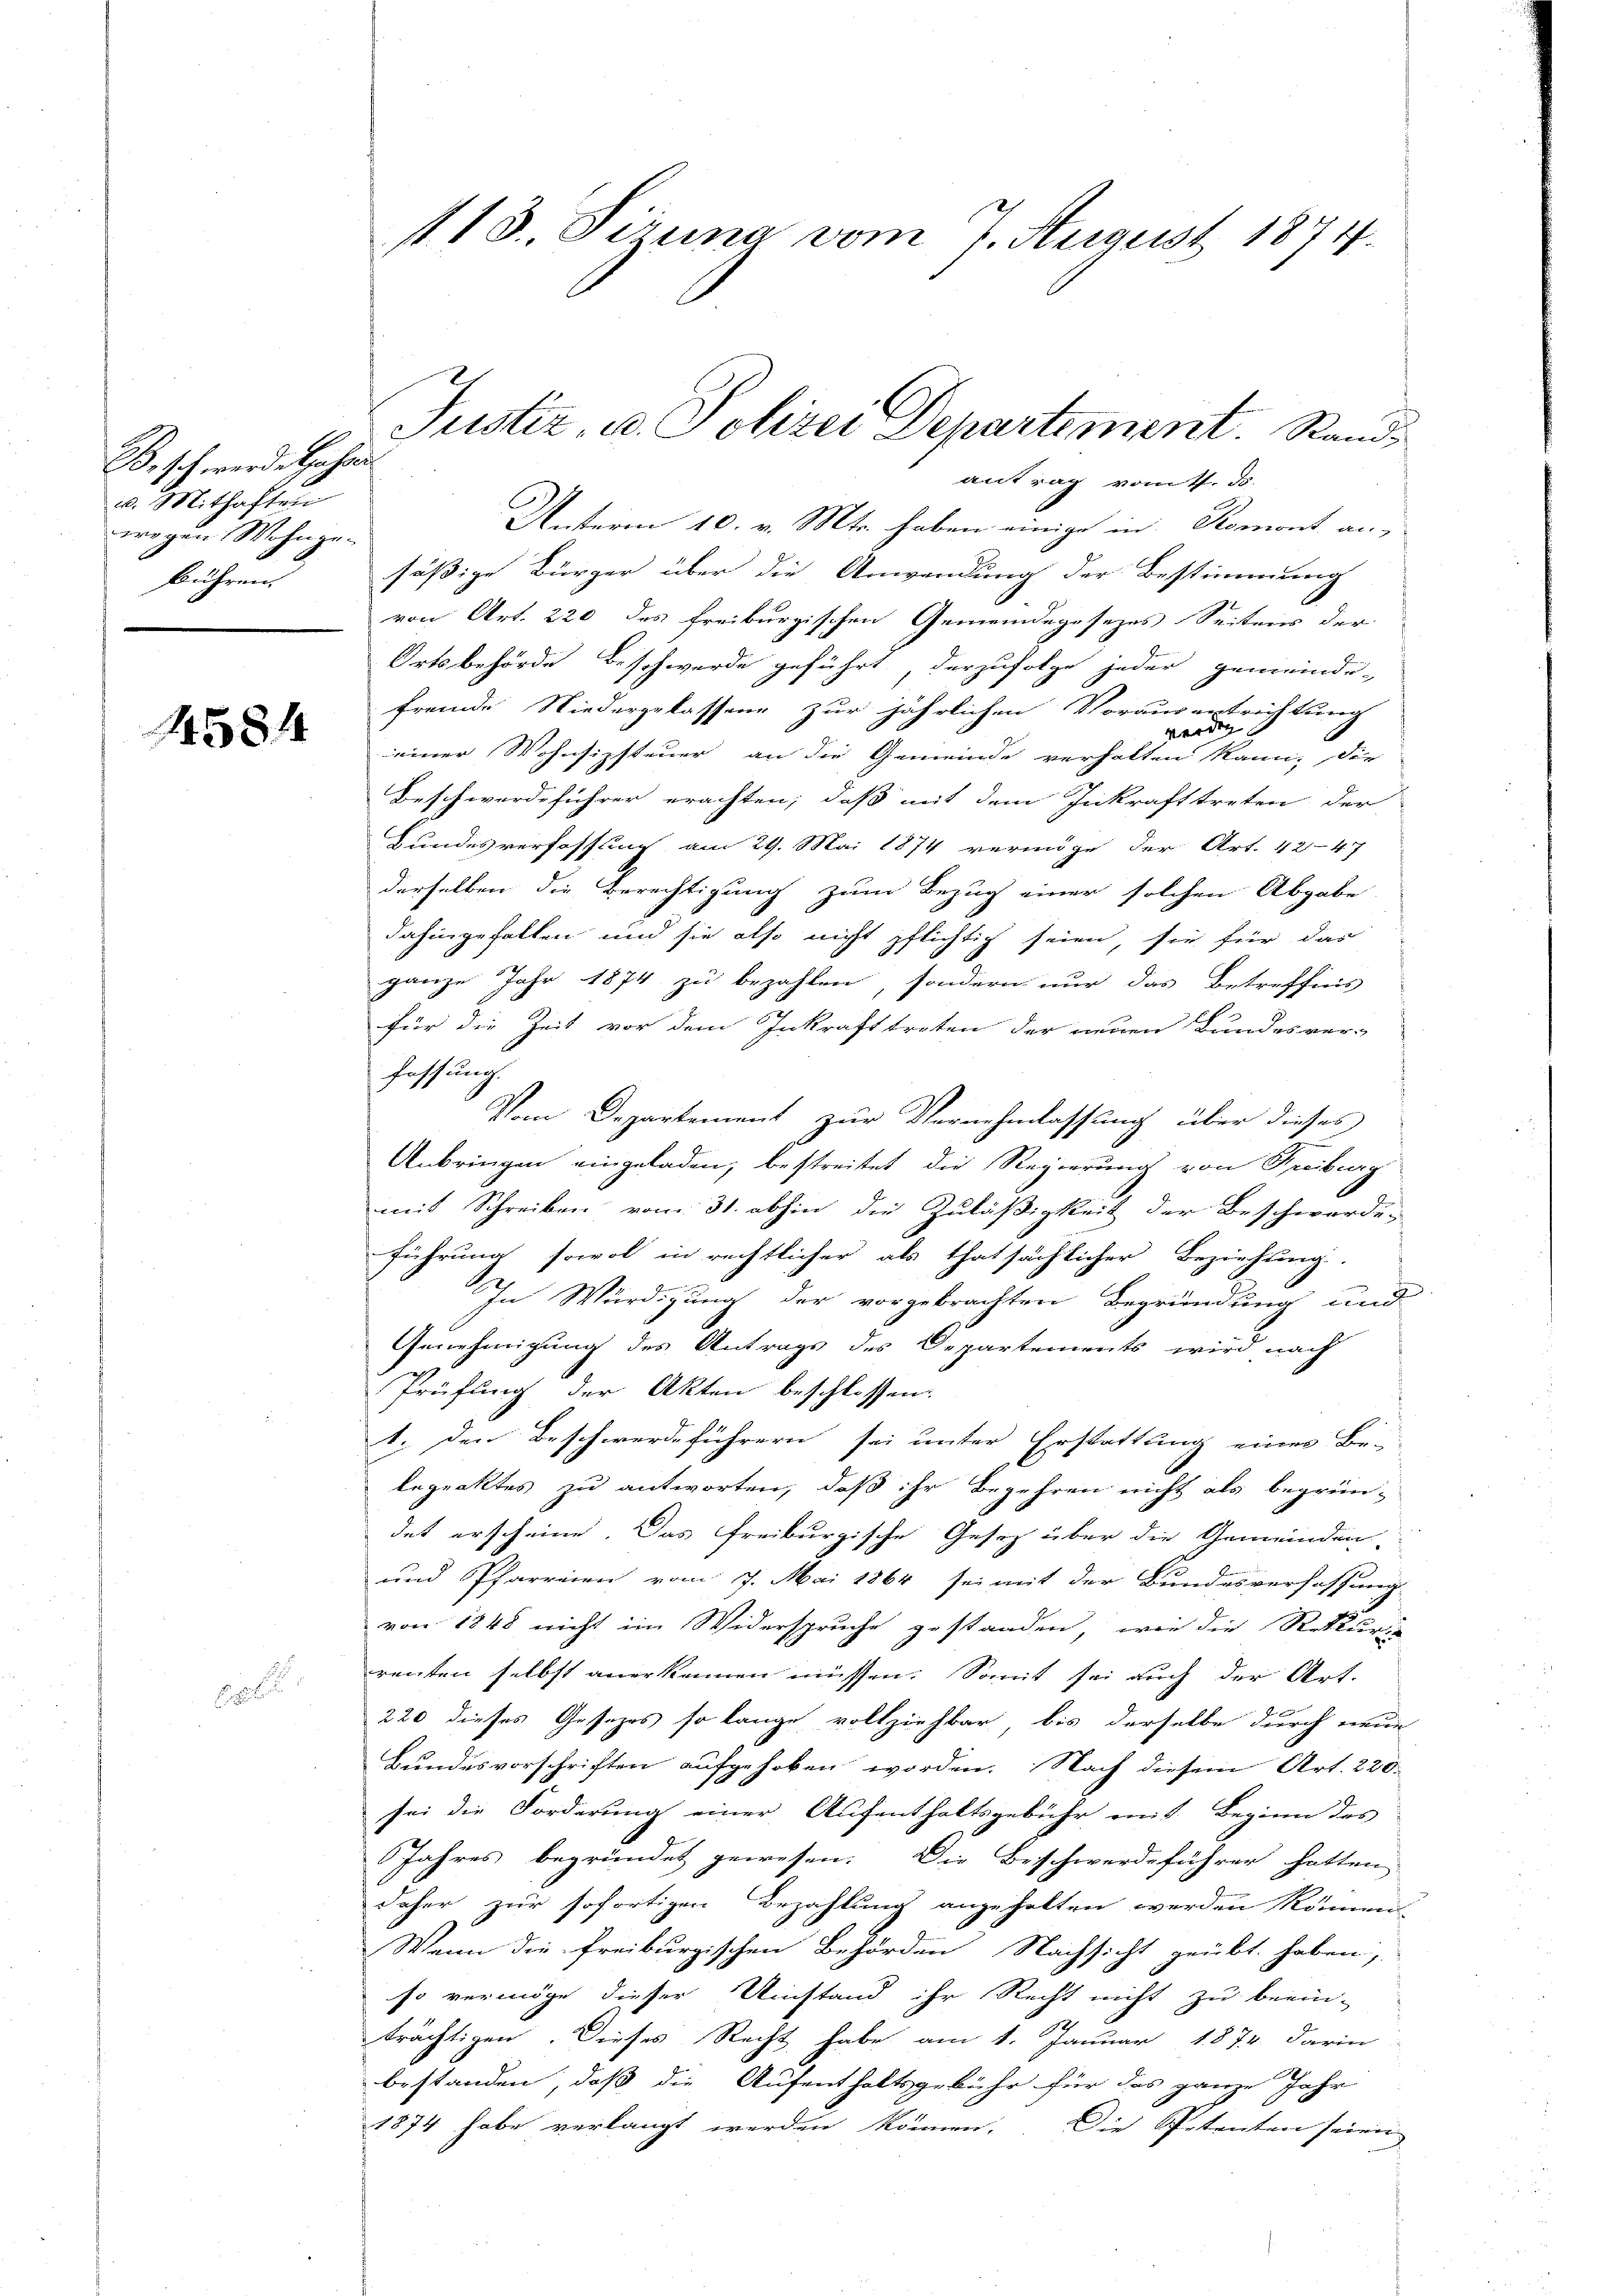
Besch werde Johann
u. Mithaften
wegen Wohnge-
bühren.

14584

s 13. Sizung vom 7. August 1874.

antrag vom 11. ds.
Unsterm 10. v. Mts. haben einige in Romont an-
säßige Bürger über die Anwendung der Bestimmung
von Art. 220 des freiburgischen Gemeindegesezes Seitens der
Ortsbehörde beschwerde geführt derzufolge jeder gemeinde-
fremde Niedergelassene zur jährlichen Vorausentrichtung
werden
einer Wohnsizsteuer an die Gemeinde verhalten kann, die
Beschwerdeführer erachten; daß mit dem Inkrafttreten der
Bundesverfassung am 29. Mai 1874 vermöge der Art. 4247
derselben die Berechtigung zum Bezug einer solchen Abgabe
dahingehalten und sie also nicht pflichtig seien, sie für das
ganze Jahr 1874 zu bezahlen, sondern nur das Betreffnis
für die Zeit vor dem Inkrafttreten der neuen Bundesver-
fassung.
Vom Departement zur Vernehmlassung über dieses
Anbringen eingeladen; bestreitet die Regierung von Freiburg
mit Schreiben vom 31. abhin die Zuläßigkeit der Beschwerde,
führung sowol in rechtlicher als thatsächlicher Beziehung.
In Würdigung der vorgebrachten Begründung und
Genehmigung des Antrags des Departements wird nach
Prüfung der Akten beschlossen:
1. den Beschwerdeführern sei unter Erstattung einer Be-
legraktes zu antworten, daß ihr Begehren nicht als begrün-
det erscheine. Das freiburgische Gesetz über die Gemeinden-
und Pfarreien vom 7. Mai 1864 sei mit der Bundesverfassung
von 1848 nicht im Widerspruche gestanden, wie die Rekurie
renten selbst anerkennen müssen. Somit sei auch der Art.
220 dieses Gesetzes so lange vollziehbar, bis derselbe durch neue
Bundesvorschriften aufgehoben worden. Nach diesem Art. 220.
sei die Forderung einer Aufenthaltsgebühr mit Beginn des
JJahres begründet gewesen. Die Beschwerdeführer hatten
daher zur sofortigen Bezahlung angehalten werden können,
Wann die freiburgischen Behörden Nachsicht geübt haben,
so vermöge dieser Umstand ihr Recht nicht zu beein-
trächtigen. Dieses Recht habe am 1. Januar 1874. darin
bestanden, daß die Aufenthaltsgebühr für das ganze Jahr
1874 habe verlangt werden können. Die Petenten seien

Justiz- u. Polizei Departement. Sand¬